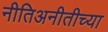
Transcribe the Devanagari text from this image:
नीतिअनीतीच्या